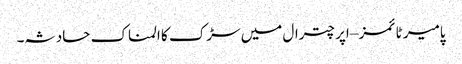
پامیر ٹائمز – اپر چترال میں سڑک کا المناک حادثہ۔